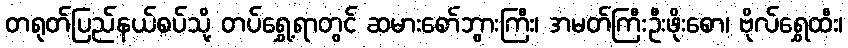
တရုတ်ပြည်နယ်စပ်သို့ တပ်ရွှေ့ရာတွင် ဆမားစော်ဘွားကြီး၊ အမတ်ကြီးဦးဖိုးစော၊ ဗိုလ်ရွှေထီး၊